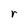
Character: r